Vaccination in Bombay 1913-1923 - 1913-1923
Year: 1913
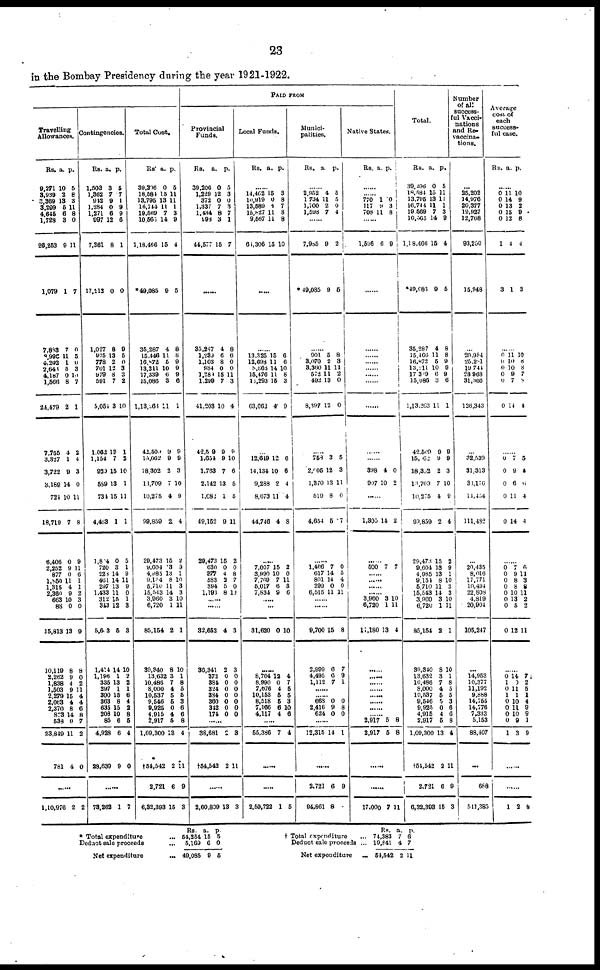
23
in the Bombay Presidency during the year 1921-1922.
Travelling
Allowances.
Rs.
9,271
3,939
3,369
3,299
4,645
1,728
26,253
1,079
7,883
8,990
4,202
2,643
4,187
1,566
24,479
7,755
3,327
3,722
3,189
724
18,719
6,406
2,252
877
1,850
1,315
2,360
663
88
15,813
10,119
2,262
1,838
1,503
2,279
2,063
2,370
873
538
23,849
781
a.
10
2
13
5
6
3
9
1
7
11
1
5
0
8
2
4
1
9
14
10
7
0
9
0
11
4
9
10
0
13
8
9
4
9
15
4
8
14
0
11
4
p.
5
8
3
11
8
0
11
7
0
5
0
3
10
7
1
2
4
3
0
11
8
9
11 6
1
1
2
3
0
9
8
0
2
11
4
4
6
8
7
2
0
......
1,10,976 2 2
Contingencies.
Rs.
1,503
1,362
942
1,284
1,271
997
7,361
17,412
1,027
975
778
701
979
591
5,054
1,062
1,154
920
589
734
4,463
1,804
720
228
461
297
1,433
312
343
5,603
1,414
1,196
335
297
390
363
635
208
85
4,928
28,639
a.
3
7
9
0
6
12
8
0
8
13
2
12
8
7
3
13
7
15
13
15
1
0
3
14
14
13
11
15
12
5
14
1
13
1
15
8
15
10
6
6
9
p.
5
7
1
9
9
6
1
0
9
5
0
3
3
2
10
1
2
10
1
11
1
5
1
9
11
9
0
1
3
3
10
2
2
1
6
4
2
8
5
4
0
......
73,262 1 7
Total Cost.
Rs.
39,206
18,584
13,795
16,744
19,569
10,565
1,18,466
* 49,085
35,287
15,446
16,872
13,211
17,339
15,086
1,13,268
42,500
15,062
18,302
13,709
10,275
99,859
29,473
9,604
4,985
9,154
5,710
15,543
3,960
6,720
85,154
30,340
13,632
10,486
8,000
10,537
9,546
9,925
4,915
2,917
1,09,300
†54,542
2,721
6,32,393
a.
0
15
13
11
7
14
15
9
4
11
5
10
6
3
11
9
9
2
7
4
2
15
3
13
8
11
14
3
1
2
8
3
7
4
5
5
0
4
5
13
2
6
15
p.
5
11
11
1
3
9
4
5
8
8
9
9
9
6
1
9
9
3
10
9
4
2
9
1
10
3
3
10
11
1
10
1
8
5
5
3
6
6
8
4
11
9
3
PAID FROM
Provincial
Funds.
Rs.
39,206
1,229
372
1,337
1,434
998
44,577
a.
0
12
0
7
8
3
15
p.
5
3
0
3
7
1
7
......
35,287
1,239
1,103
984
1,289
1,299
41,203
42,509
1,654
1,763
2,142
1,082
49,152
29,473
630
377
583
394
1,193
4
6
8
0
15
7
10
9
9
7
13
1
9
15
0
4
2
5
8
8
6
0
0
11
3
4
9
10
6
5
5
11
2
0
8
7
0
10
......
......
32,652
36,341
372
384
324
384
360
342
174
4
2
0
0
0
0
0
0
0
3
3
0
0
0
0
0
0
0
......
38,681
†54,542
2
2
3
11
......
2,60,809 13 3
Local Funds.
Rs. a. p.
......
14,402
10,919
13,589
15,827
9,567
64,306
15
0
8
11
11
15
3
8
7
8
8
10
......
......
13,325
12,698
8,866
15,476
13,293
63,662
15
11
14
11
15
4
6
6
10
8
3
9
...
12,649
14,134
9,288
8,673
44,746
12
10
2
11
4
6
6
4
4
8
......
7,007
3,990
7,769
5,017
7,834
15
10
7
6
9
2
0
11
3
6
......
......
31,620 0 10
......
8,764
8,990
7,676
10,153
8,518
7,166
4,117
12
0
4
5
5
6
4
4
7
5
5
3
10
6
......
55,386 7 4
......
......
2,59,722 1 5
Munici-
palities.
Rs. a. p.
......
2,952
1,734
1,700
1,598
4
11
2
7
5
5
0
4
......
7,985
*49,085
9
9
2
5
......
901
3,070
3,360
572
492
8,397
5
2
11
11
13
12
8
3
11
2
0
0
......
758
2,005
1,370
519
4,654
3
12
13
8
5
5
3
11
0
7
......
1,466
617
801
299
6,515
7
14
14
0
11
0
5
4
0
11
......
......
9,700
2,999
4,495
1,112
15
6
6
7
8
7
9
1
......
...... 668
2,416
624
0
9
0
0
8
0
......
12,315 14 1
......
2,721
94,861
6
8
9
Native States.
Rs. a. p.
......
...... 770
117
708
1
9
11
0
3
8
......
1,596
6 9
......
......
......
......
......
......
......
......
......
......
398
907
4
10
0
2
......
1,305 14 2
......
500 7 7
......
......
......
...... 3,960
6,720
11,180
3
1
13
10
11
4
......
......
......
......
......
......
......
...... 2,917
2,917
5
5
8
8
......
......
17,000 7 11
Total.
Rs.
30,206
18,584
13,795
16,744
19,569
10,565
1,18,466
*49,085
35,287
15,466
16,872
13,211
17,309
15,086
1,13,263
42,509
15,062
18,302
13,709
10,275
99,859
29,473
9,604
4,985
9,154
5,710
15,543
3,960
6,720
85,154
39,340
13,632
10,486
8,000
10,537
9,546
9,925
4,915
2,917
1,09,300
†54,542
2,721
6,32,393
a.
0
15
13
11
7
14
15
9
4
11
5
10
6
3
11
9
9
2
7
4
2
15
13
13
8
11
11
3
1
2
8
3
7
4
5
5
0
4
5
13
2
6
15
p.
5
11
11
1
3
9
4
5
8
8
9
9
9
6
1
9
9
3
10
9
4
2
9
1
10
3
3
10
11
1
10
1
8
5
5
3
6
6
8
4
11
9
3
Number
of all
success-
ful Vacci-
nations
and Re-
vaccina-
tions.
...
25,202
14,976
20,377
19,927
12,768
93,250
15,948
...
20,954
25,281
19,744
28,968
31,366
126,343
...
32,539
31,313
33,176
14,454
111,482
...
20,435
8,016
17,771
10,494
22,808
4,819
20,904
105,247
...
14,953
10,377
11,192
9,888
14,755
14,776
7,333
5,153
88,407
...
688
511,385
Average
cost of
each
success-
ful case.
Rs. a. p.
......
0
0
0
0
0
1
3
11
14
13
15
12
4
1
10
9
2
9
8
4
3
......
0
0
0
0
0
0
11
10
10
9
7
14
10
8
8 7
8
4
......
0
0
0
0
0
7
9
6
11
14
5
4
6
4
4
......
0
0
0
0
0
0
0
0
7
9
8
8
10
13
5
12
6
11
3
8
11
2
2
11
......
0
1
0
1
0
0
0
0
1
14
0
11
1
10
11
10
9
3
7
2
5
1
4
9
9
1
9
......
......
1 2 8
* Total expenditure ...
Deduct sale proceeds ...
Net expenditure ...
Rs.
54,254
5,169
49,085
a.
15
6
9
p.
5
0
5
† Total expenditure ...
Deduct sale proceeds ...
Net expenditure
...
Rs.
74,383
19,841
54,542
a.
7
4
2
p.
6
7
11